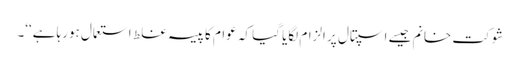
شوکت خانم جیسے اسپتال پر الزام لگایا گیا کہ عوام کا پیسہ غلط استعمال ہورہا ہے‘‘۔